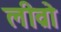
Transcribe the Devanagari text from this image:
लीव्रो